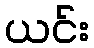
ယင်း